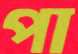
পা